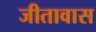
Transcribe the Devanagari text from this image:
जीतावास